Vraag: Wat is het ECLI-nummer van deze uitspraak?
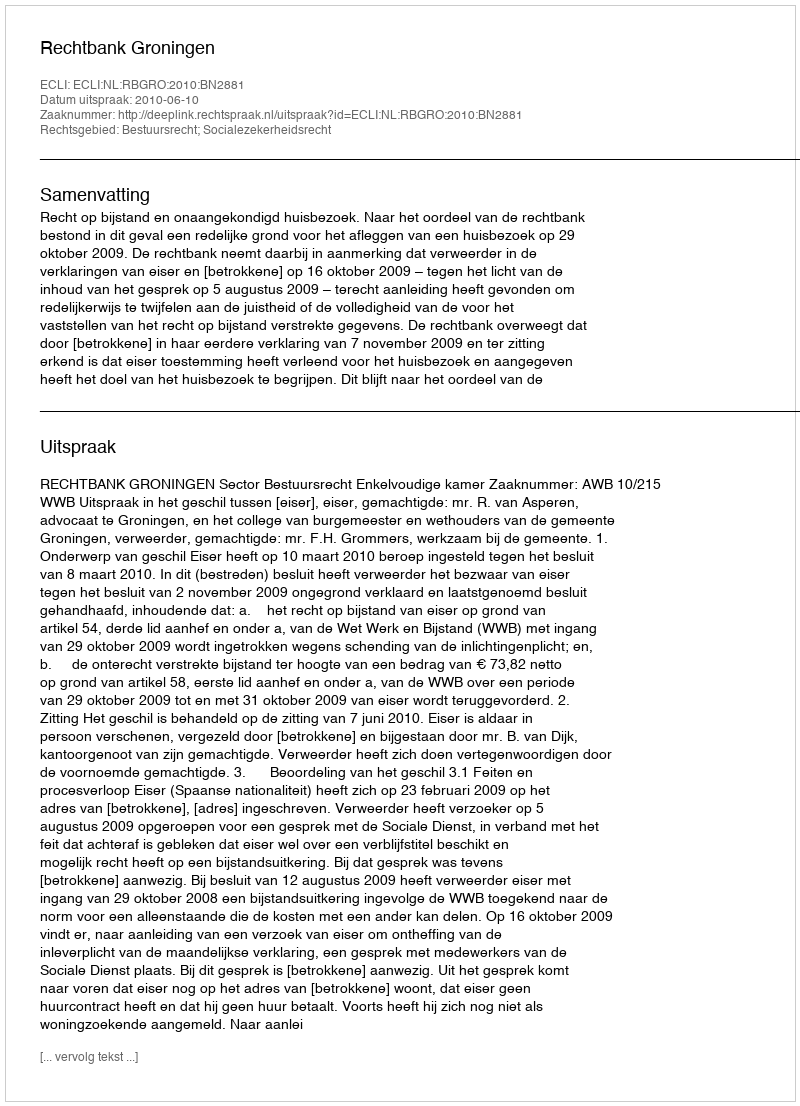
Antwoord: ECLI:NL:RBGRO:2010:BN2881